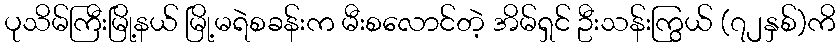
ပုသိမ်ကြီးမြို့နယ် မြို့မရဲစခန်းက မီးစလောင်တဲ့ အိမ်ရှင် ဦးသန်းကြွယ် (၇၂နှစ်)ကိ